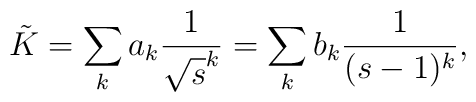
\tilde K=\sum_k a_k\frac{1}{\sqrt{s}^k}=\sum_k b_k \frac{1}{(s-1)^k},